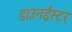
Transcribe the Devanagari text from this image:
डाउनईस्टर